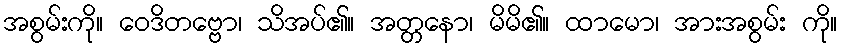
အစွမ်းကို။ ဝေဒိတဗ္ဗော၊ သိအပ်၏။ အတ္တနော၊ မိမိ၏။ ထာမော၊ အားအစွမ်း ကို။